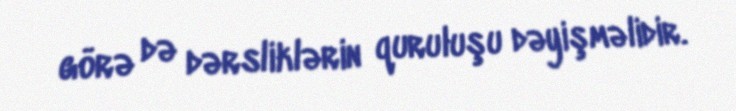
görə də dərsliklərin quruluşu dəyişməlidir.